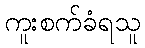
ကူးစက်ခံရသူ